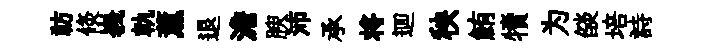
祊倐峩軌薰退澹腴沛承将逥秧鮪犢为燄培詩